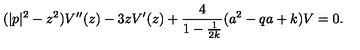
( | p | ^ { 2 } - z ^ { 2 } ) V ^ { \prime \prime } ( z ) - 3 z V ^ { \prime } ( z ) + \frac { 4 } { 1 - \frac { 1 } { 2 k } } ( a ^ { 2 } - q a + k ) V = 0 .